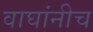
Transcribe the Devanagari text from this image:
वाघांनीच